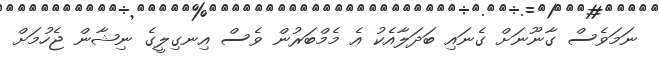
ނަމަވެސް ގާނޫނަށް ގެނައި ބަދަލާއެކު އެ މެމްބަރުން ވެސް އިނގިލީގެ ނިޝާން ޖެހުމަށް